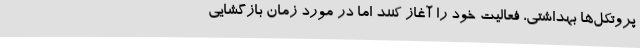
پروتکل‌ها بهداشتی، فعالیت خود را آغاز کنند اما در مورد زمان بازگشایی